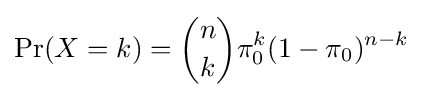
\Pr(X=k)={\binom {n}{k}}\pi _{0}^{k}(1-\pi _{0})^{n-k}